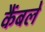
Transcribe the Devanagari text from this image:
कैंबले